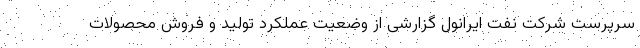
سرپرست شرکت نفت ایرانول گزارشی از وضعیت عملکرد تولید و فروش محصولات